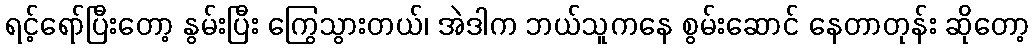
ရင့်ရော်ပြီးတော့ နွမ်းပြီး ကြွေသွားတယ်၊ အဲဒါက ဘယ်သူကနေ စွမ်းဆောင် နေတာတုန်း ဆိုတော့